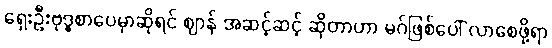
ရှေးဦးဗုဒ္ဓစာပေမှာဆိုရင် ဈာန် အဆင့်ဆင့် ဆိုတာဟာ မဂ်ဖြစ်ပေါ် လာစေဖို့ရာ